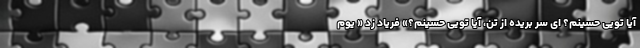
آیا تویی حسینم؟ ای سر بریده از تن، آیا تویی حسینم؟» فریاد زد « یَومٌ